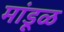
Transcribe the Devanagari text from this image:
मांडूळ